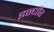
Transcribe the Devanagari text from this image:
इन्धीर